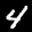
Label: 4